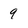
Character: 9